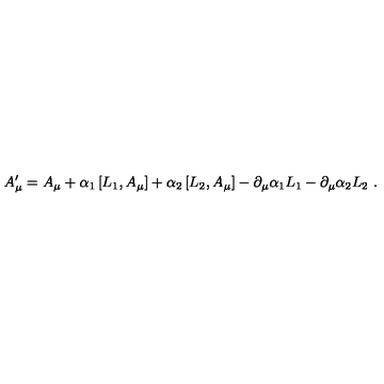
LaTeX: A _ { \mu } ^ { \prime } = A _ { \mu } + \alpha _ { 1 } \left[ L _ { 1 } , A _ { \mu } \right] + \alpha _ { 2 } \left[ L _ { 2 } , A _ { \mu } \right] - \partial _ { \mu } \alpha _ { 1 } L _ { 1 } - \partial _ { \mu } \alpha _ { 2 } L _ { 2 } \ .